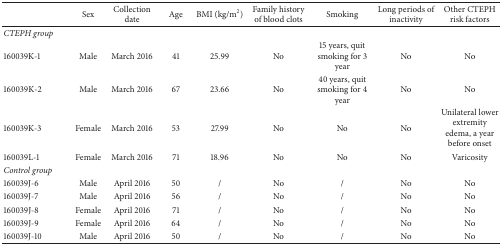
<table><thead><tr><td><b> </b></td><td><b>Sex</b></td><td><b>Collection date</b></td><td><b>Age</b></td><td><b>BMI (kg/m<sup>2</sup>)</b></td><td><b>Family history of blood clots</b></td><td><b>Smoking</b></td><td><b>Long periods of inactivity</b></td><td><b>Other CTEPH risk factors</b></td></tr></thead><tbody><tr><td><i>CTEPH group</i></td><td> </td><td> </td><td> </td><td> </td><td> </td><td> </td><td> </td><td> </td></tr><tr><td>160039K-1</td><td>Male</td><td>March 2016</td><td>41</td><td>25.99</td><td>No</td><td>15 years, quit smoking for 3 year</td><td>No</td><td>No</td></tr><tr><td>160039K-2</td><td>Male</td><td>March 2016</td><td>67</td><td>23.66</td><td>No</td><td>40 years, quit smoking for 4 year</td><td>No</td><td>No</td></tr><tr><td>160039K-3</td><td>Female</td><td>March 2016</td><td>53</td><td>27.99</td><td>No</td><td>No</td><td>No</td><td>Unilateral lower extremity edema, a year before onset</td></tr><tr><td>160039L-1</td><td>Female</td><td>March 2016</td><td>71</td><td>18.96</td><td>No</td><td>No</td><td>No</td><td>Varicosity</td></tr><tr><td><i>Control group</i></td><td> </td><td> </td><td> </td><td> </td><td> </td><td> </td><td> </td><td> </td></tr><tr><td>160039J-6</td><td>Male</td><td>April 2016</td><td>50</td><td>/</td><td>No</td><td>/</td><td>No</td><td>No</td></tr><tr><td>160039J-7</td><td>Male</td><td>April 2016</td><td>56</td><td>/</td><td>No</td><td>/</td><td>No</td><td>No</td></tr><tr><td>160039J-8</td><td>Female</td><td>April 2016</td><td>71</td><td>/</td><td>No</td><td>/</td><td>No</td><td>No</td></tr><tr><td>160039J-9</td><td>Female</td><td>April 2016</td><td>64</td><td>/</td><td>No</td><td>/</td><td>No</td><td>No</td></tr><tr><td>160039J-10</td><td>Male</td><td>April 2016</td><td>50</td><td>/</td><td>No</td><td>/</td><td>No</td><td>No</td></tr></tbody></table>